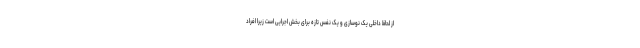
از لحاظ داخلی یک نوسازی و یک نَفَس تازه برای بخش اجرایی است زیرا افراد